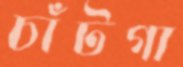
চাঁটগা